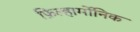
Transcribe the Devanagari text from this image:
फ़िल्हार्मोनिक